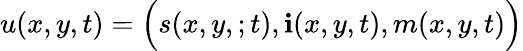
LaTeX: u(x,y,t)=\Big(s(x,y,;t),\mathbf{i}(x,y,t),m(x,y,t)\Big)